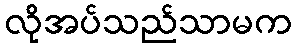
လိုအပ်သည်သာမက